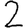
Digit: 2